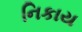
નિકાય